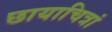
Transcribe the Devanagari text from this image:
छायाचित्रां